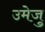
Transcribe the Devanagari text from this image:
उमेजु